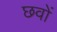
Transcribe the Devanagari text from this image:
छवों